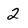
Character: 2